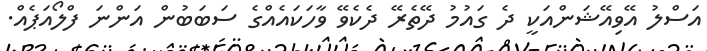
އަސްލު އޭވިއޭޝަންއަކީ ދެ ގައުމު ދޭތެރޭ ދެކެވޭ ވާހަކައެއްގެ ސަބަބުން އަންނަ ފްލޯއަޕެއް.